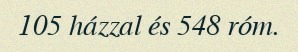
105 házzal és 548 róm.